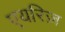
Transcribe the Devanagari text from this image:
एयरिज़